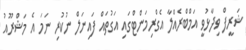
ޝަރީފް ވިދާޅުވީ އަމްބްރެއްލާ އެގްރިމަންޓްގައި އަގުތައް ފައިނަލް ނުކުރި ނަމަ އެ މަޝްރޫއު